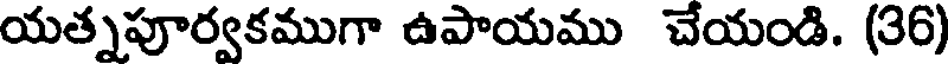
యత్నపూర్వకముగా ఉపాయము చేయండి. (36)